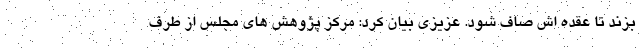
بزند تا عقده اش صاف شود. عزیزی بیان کرد: مرکز پژوهش های مجلس از طرف